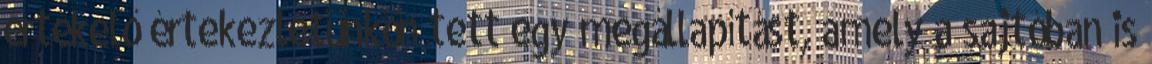
értékelő értekezletünkön tett egy megállapítást, amely a sajtóban is